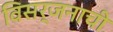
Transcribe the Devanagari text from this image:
विसर्जनाची